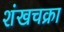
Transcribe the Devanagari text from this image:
शंखचक्रा